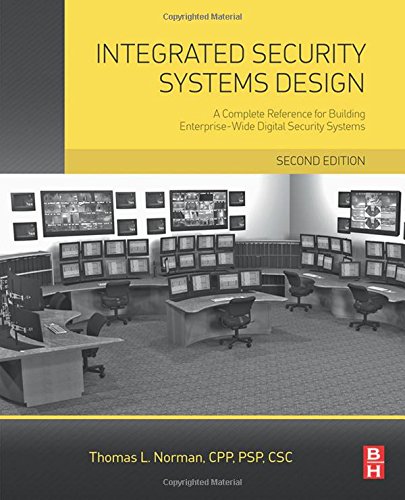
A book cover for Integrated Security Systems Design, Second Edition: A Complete Reference for Building Enterprise-Wide Digital Security Systems; Thomas L. Norman; Business & Money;